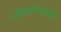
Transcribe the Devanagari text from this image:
नोकऱ्यासांठी